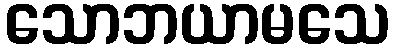
သောဘယာမသေ